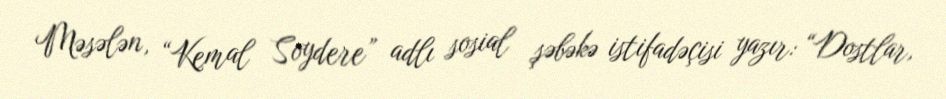
Məsələn, “Kemal Soydere” adlı sosial şəbəkə istifadəçisi yazır: “Dostlar,